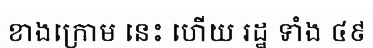
ខាងក្រោម នេះ ហើយ រដ្ឋ ទាំង ៤៩